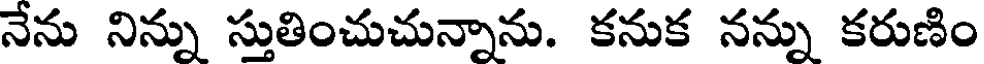
నేను నిన్ను స్తుతించుచున్నాను. కనుక నన్ను కరుణిం